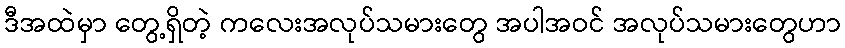
ဒီအထဲမှာ တွေ့ရှိတဲ့ ကလေးအလုပ်သမားတွေ အပါအဝင် အလုပ်သမားတွေဟာ